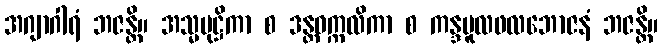
အဂျာဂါရံ ဘဇန္တိ။ အသ္မမုဋ္ဌိကာ စ ဒန္တဝက္ကလိကာ စ ကန္ဒမူလဖလဘောဇနံ ဘဇန္တိ။